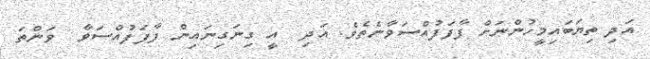
އަދި ތިޔަބައިމީހުންނަށް ފާފަފުއްސަވާނެތެވެ. އަދި  އީ ގިނަގިނައިން ފާފަފުއްސަވާ  ވަންތަ